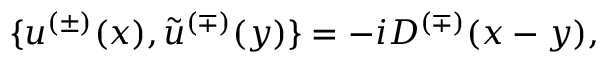
\{ u ^ { ( \pm ) } ( x ) , \tilde { u } ^ { ( \mp ) } ( y ) \} = - i D ^ { ( \mp ) } ( x - y ) ,